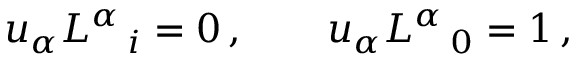
u _ { \alpha } L ^ { \alpha } \, _ { i } = 0 \, , \qquad u _ { \alpha } L ^ { \alpha } \, _ { 0 } = 1 \, ,